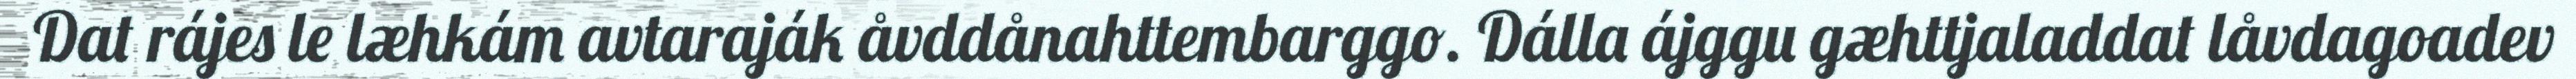
Dat rájes le læhkám avtaraják åvddånahttembarggo. Dálla ájggu gæhttjaladdat låvdagoadev